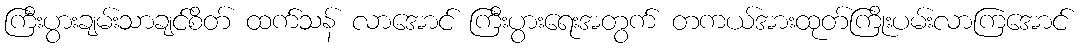
ကြီးပွားချမ်းသာချင်စိတ် ထက်သန် လာအောင် ကြီးပွားရေးအတွက် တကယ်အားထုတ်ကြိုးပမ်းလာကြအောင်